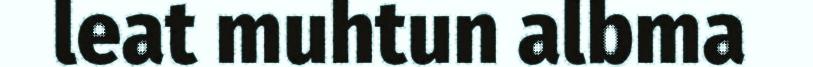
leat muhtun albma